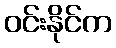
ဝင်းနိုင်က